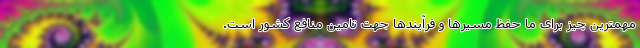
مهمترین چیز برای ما حفظ مسیرها و فرآیندها جهت تامین منافع کشور است.